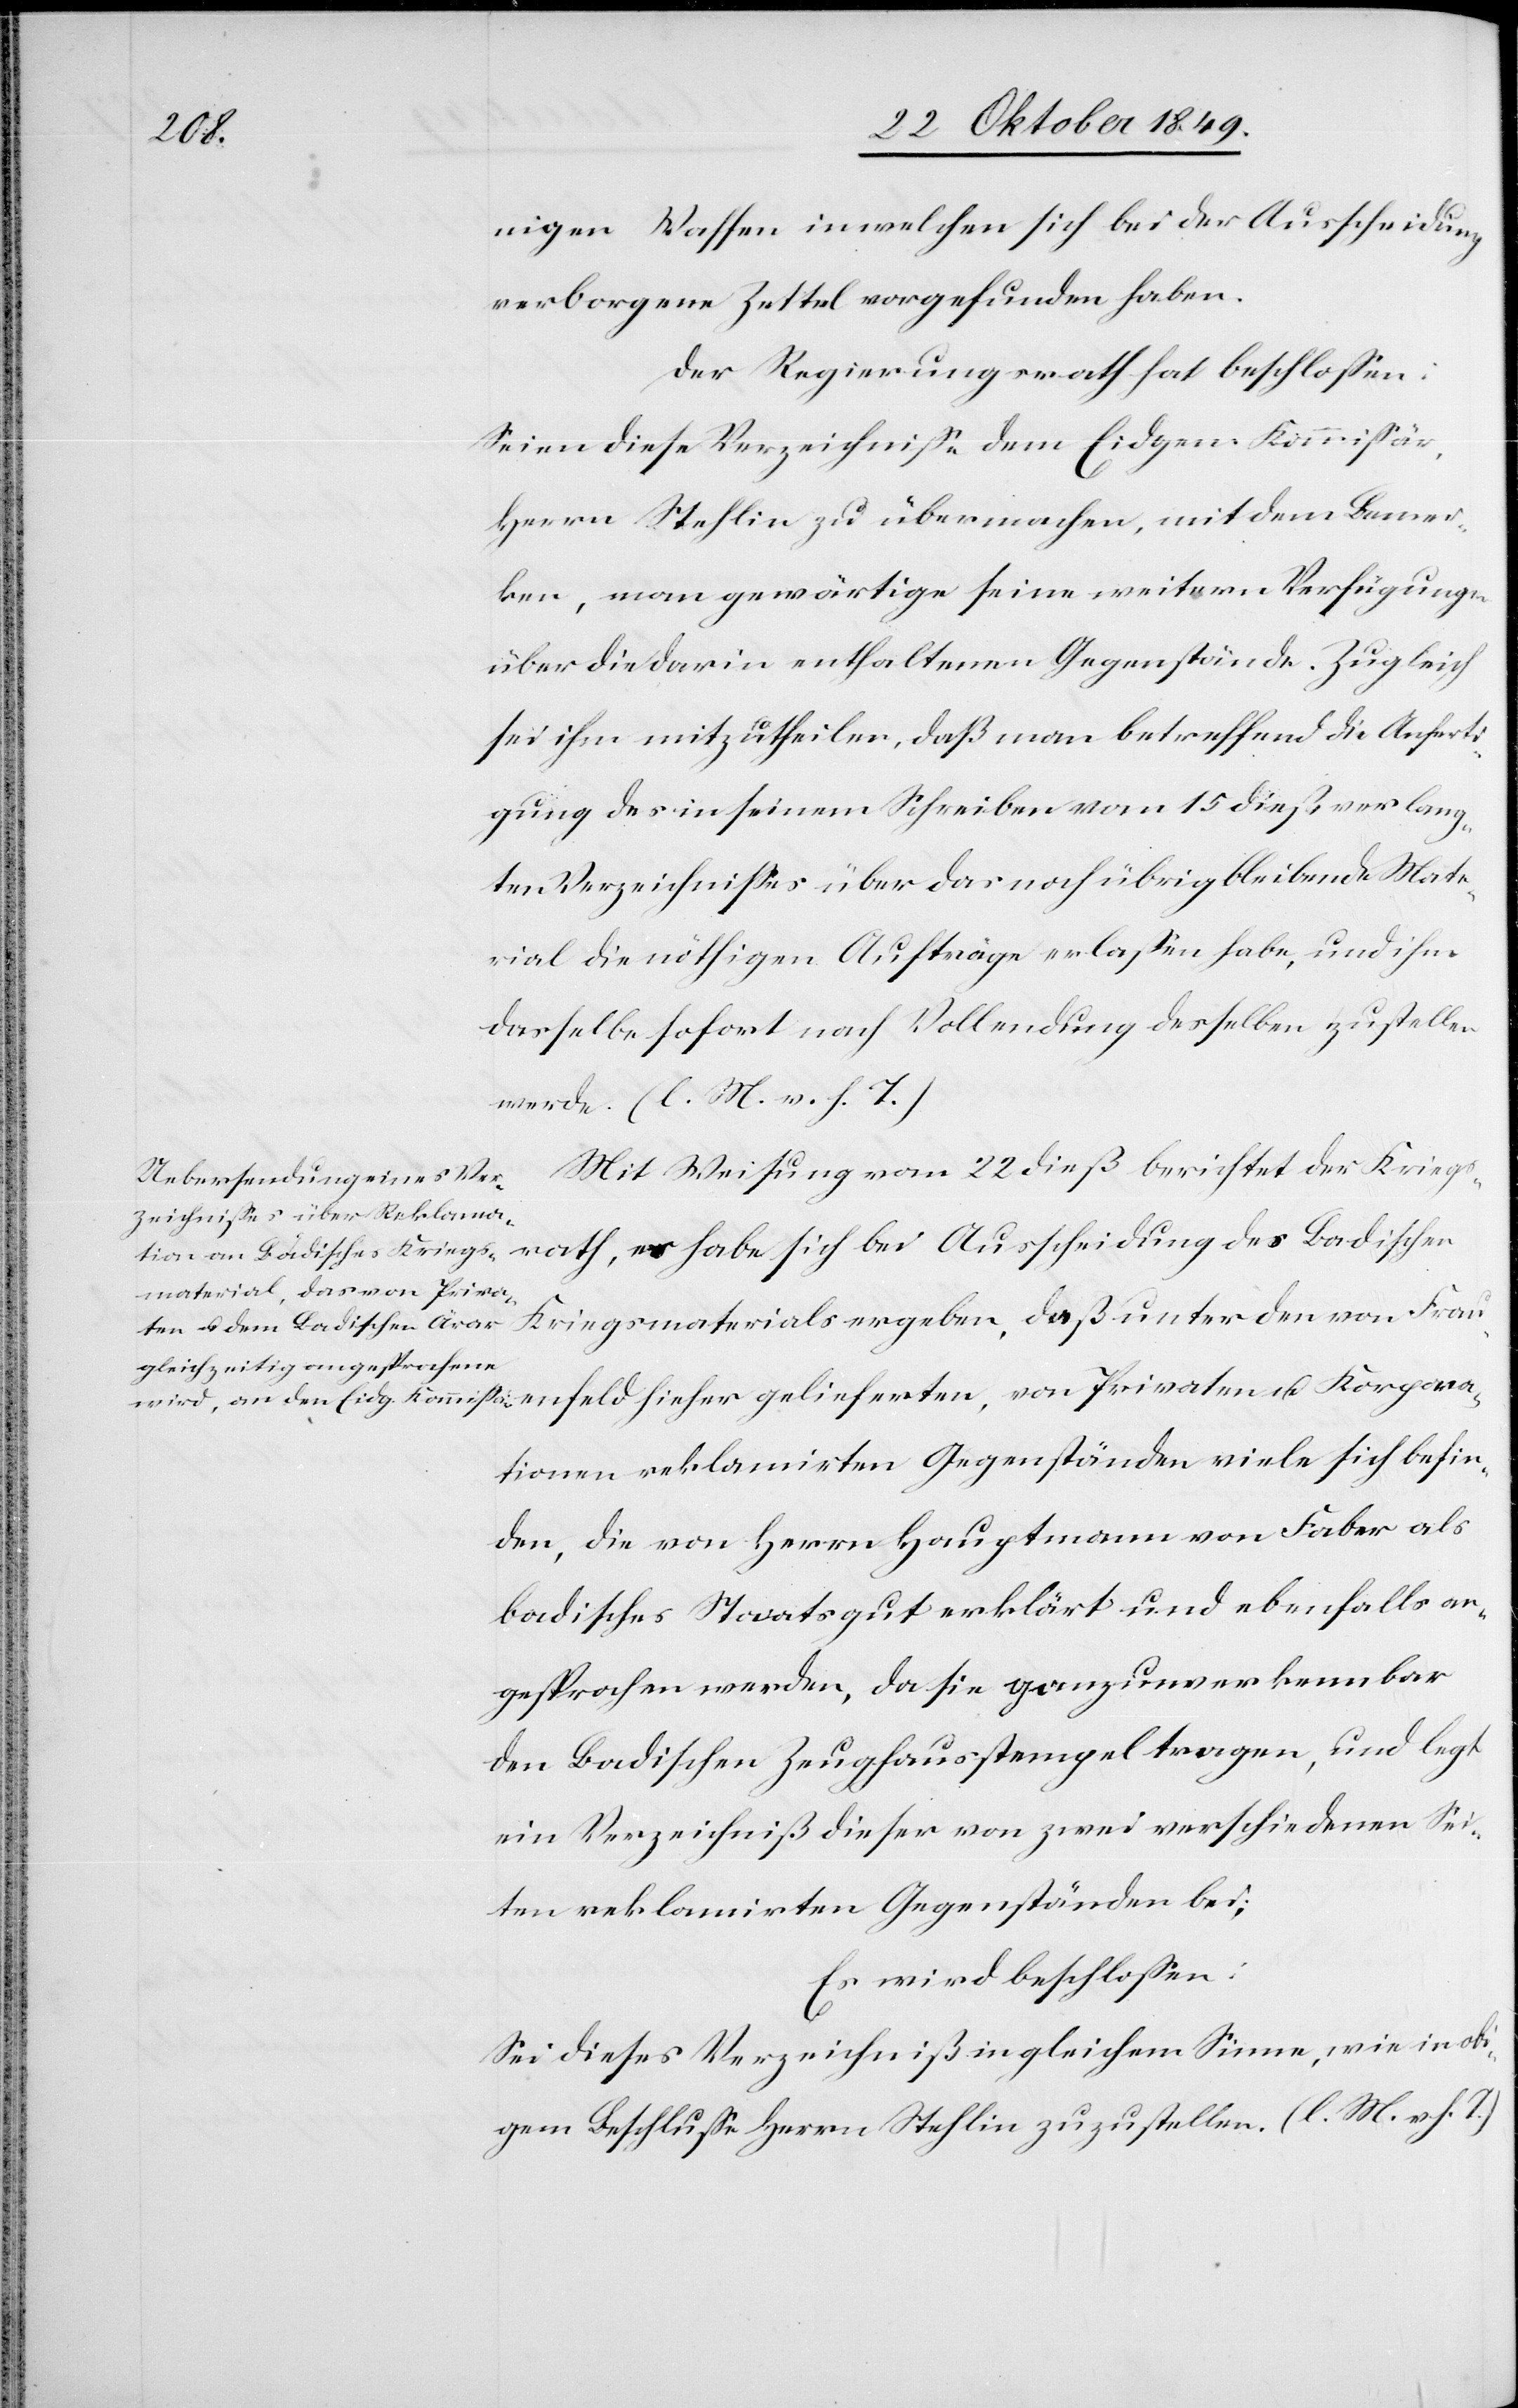
Korpora¬

nigen Waffen in welchen sich bei der Ausscheidung
verborgene Zettel vorgefunden haben.
Der Regierungsrath hat beschloßen:
Seien diese Verzeichniße dem Eidgen. Kommißär,
Herrn Stehlin zu übermachen, mit dem Bemer¬
ken, man gewärtige seine weitern Verfügungen
über die darin enthaltenen Gegenstände. Zugleich
sei ihm mitzutheilen, daß man betreffend die Anferti¬
gung des in seinem Schreiben vom 15 dieß verlang¬
ten Verzeichnißes über das noch übrigbleibende Mate¬
rial die nöthigen Aufträge erlaßen habe, und ihm
dasselbe sofort nach Vollendung desselben zustellen
werde. [l. M. v. h. T]
Mit Weisung vom 22 dieß berichtet der Kriegs¬
tionen reklamirten Gegenständen viele sich befin¬
den, die von Herrn Hauptmann von Faber als
badisches Staatsgut erklärt und ebenfalls an¬
gesprochen werden, da sie ganz unverkennbar
den Badischen Zeughausstempel tragen, und legt
ein Verzeichniß dieser von zwei verschiedenen Sei¬
ten reklamirten Gegenständen bei;
Es wird beschloßen:
Sei dieses Verzeichniß in gleichem Sinne, wie in obi¬
gem Beschluße Herrn Stehlin zuzustellen. [l. M. v. h. T]